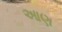
આણ